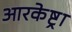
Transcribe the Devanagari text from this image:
आरकेष्ट्रा